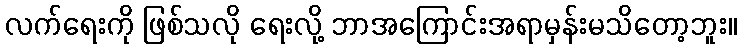
လက်ရေးကို ဖြစ်သလို ရေးလို့ ဘာအကြောင်းအရာမှန်းမသိတော့ဘူး။